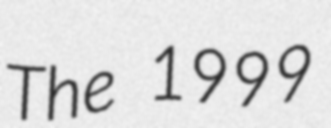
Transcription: The 1999